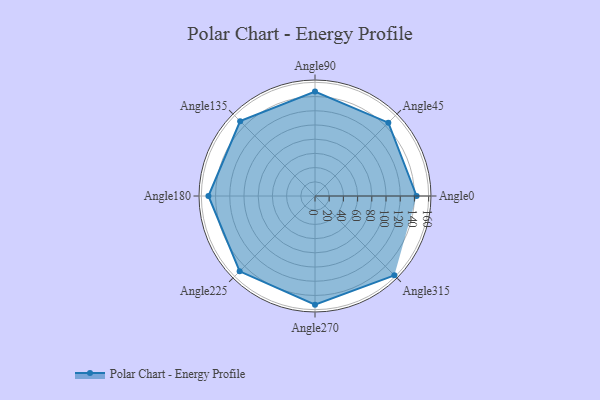
{"axis": {"x": "Angle", "y": "Radius"}, "legend": [""], "data": [{"x": "Angle0", "y": 143.0, "type": ""}, {"x": "Angle45", "y": 146.0, "type": ""}, {"x": "Angle90", "y": 147.0, "type": ""}, {"x": "Angle135", "y": 149.0, "type": ""}, {"x": "Angle180", "y": 150.0, "type": ""}, {"x": "Angle225", "y": 150.0, "type": ""}, {"x": "Angle270", "y": 153.0, "type": ""}, {"x": "Angle315", "y": 158.0, "type": ""}]}